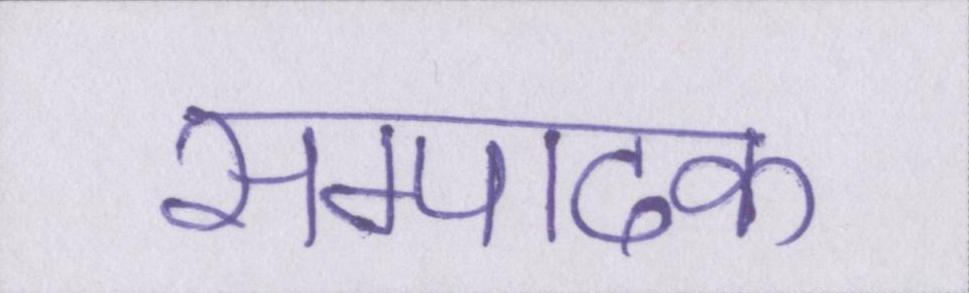
सम्पादक